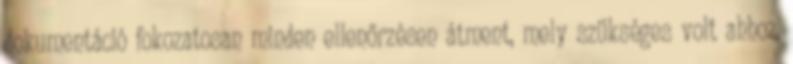
dokumentáció fokozatosan minden ellenőrzésen átment, mely szükséges volt ahhoz,